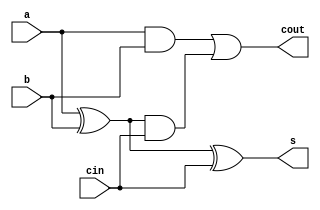
module full_adder(
    input a, b, cin,
    output s, cout
);

    wire a_xor_b, ab_and_cin, a_and_b, b_and_cin;

    xor x1(a_xor_b, a, b);
    xor x2(s, a_xor_b, cin); // Sum output here

    and a1(ab_and_cin, a_xor_b, cin);
    and a2(a_and_b, a, b);

    or o1(cout, a_and_b,ab_and_cin); // Carry output here

endmodule